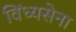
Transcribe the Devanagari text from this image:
विंध्यसेना